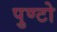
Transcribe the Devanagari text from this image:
पुण्टो